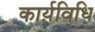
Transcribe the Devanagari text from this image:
कार्य़विधि